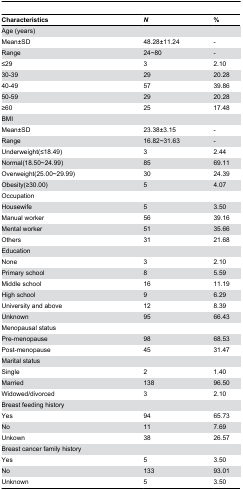
| Characteristics | N | % |
 | --- | --- | --- |
 | Age (years) |  |  |
 | Mean±SD | 48.28±11.24 | - |
 | Range | 24~80 | - |
 | ≤29 | 3 | 2.10 |
 | 30-39 | 29 | 20.28 |
 | 40-49 | 57 | 39.86 |
 | 50-59 | 29 | 20.28 |
 | ≥60 | 25 | 17.48 |
 | BMI |  |  |
 | Mean±SD | 23.38±3.15 | - |
 | Range | 16.82~31.63 | - |
 | Underweight(≤18.49) | 3 | 2.44 |
 | Normal(18.50~24.99) | 85 | 69.11 |
 | Overweight(25.00~29.99) | 30 | 24.39 |
 | Obesity(≥30.00) | 5 | 4.07 |
 | Occupation |  |  |
 | Housewife | 5 | 3.50 |
 | Manual worker | 56 | 39.16 |
 | Mental worker | 51 | 35.66 |
 | Others | 31 | 21.68 |
 | Education |  |  |
 | None | 3 | 2.10 |
 | Primary school | 8 | 5.59 |
 | Middle school | 16 | 11.19 |
 | High school | 9 | 6.29 |
 | University and above | 12 | 8.39 |
 | Unknown | 95 | 66.43 |
 | Menopausal status |  |  |
 | Pre-menopause | 98 | 68.53 |
 | Post-menopause | 45 | 31.47 |
 | Marital status |  |  |
 | Single | 2 | 1.40 |
 | Married | 138 | 96.50 |
 | Widowed/divorced | 3 | 2.10 |
 | Breast feeding history |  |  |
 | Yes | 94 | 65.73 |
 | No | 11 | 7.69 |
 | Unkown | 38 | 26.57 |
 | Breast cancer family history |  |  |
 | Yes | 5 | 3.50 |
 | No | 133 | 93.01 |
 | Unknown | 5 | 3.50 |